Vaccination in Bombay 1924-1928 - 1924-1928
Year: 1924
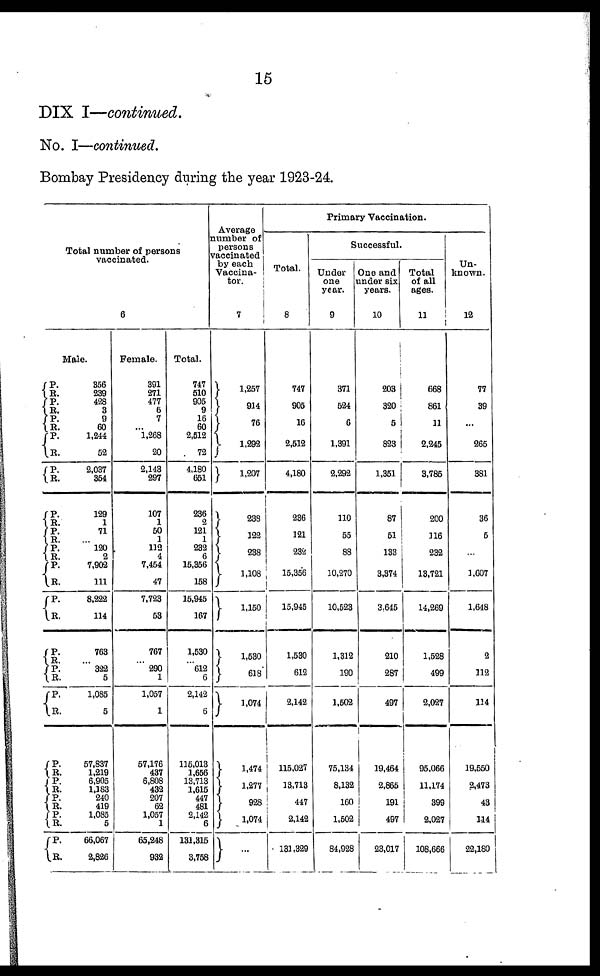
15
DIX I—continued.
No. I—continued.
Bombay Presidency during the year 1923-24.
Total number of persons
vaccinated.
6
Male.
P.
R.
P.
R.
P.
R.
P.
R.
P.
R.
P.
R.
P.
R.
P.
R.
P.
R.
P.
R.
P.
R.
P. R.
R. R.
P.
R.
P.
R.
P.
R.
P.
R.
P.
R.
356
239
428
3
9
60
1,244
52
2,037
354
129
1
71
...
120
2
7,902
111
8,222
114
763
...
322
5
1,085
5
57,837
1,219
6,905
1,183
240
419
1,085
5
66,067
2,826
Female.
391
271
477
6
7
...
1,268
20
2,143
297
107
1
50
1
112
4
7,454
47
7,723
53
767
...
290
1
1,057
1
57,176
437
6,808
432
207
62
1,057
1
65,248
932
Total.
747
510
905
9
16
60
2,512
72
4,180
651
236
2
121
1
232
6
15,356
158
15,945
167
1,530
...
612
6
2,142
6
115,013
1,656
13,713
1,615
447
481
2,142
6
131,315
3,758
Average
number of
persons
vaccinated
by each
Vaccina-
tor.
7
1,257
914
76
1,292
1,207
238
122
238
1,108
1,150
1,530
618
1,074
1,474
1,277
928
1,074
...
Primary Vaccination.
Total.
8
747
905
16
2,512
4,180
236
121
232
15,356
15,945
1,530
612
2,142
115,027
13,713
447
2,142
131,329
Successful.
Under
one
year.
9
371
524
6
1,391
2,292
110
55
88
10,270
10,523
1,312
190
1,502
75,134
8,132
160
1,502
84,928
One and
under six
years.
10
203
320
5
823
1,351
87
51
133
3,374
3,645
210
287
497
19,464
2,865
191
497
23,017
Total
of all
ages.
11
668
861
11
2,245
3,785
200
116
232
13,721
14,269
1,528
499
2,027
95,066
11,174
399
2,027
108,666
Un-
known.
12
77
39
265
381
36
5
...
1,607
1,648
2
112
114
19,550
2,473
43
114
22,180